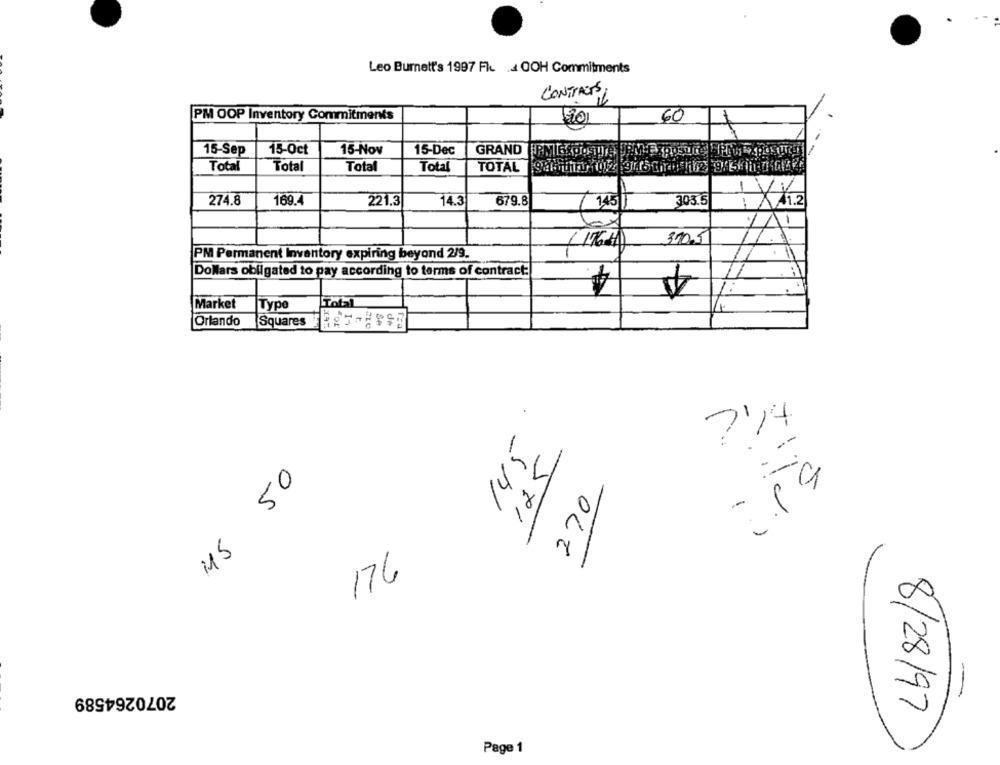
Leo Burnett's 1997 Flu . OOH Commitments
CONTRACTEL
PM OOP Inventory Commitments
201
60
15-Sep
15-Oct
15-Nov
15-Dec
Total
Total
Total
Total
TOTAL
274.8
169.4
221.3
14.3
679.8
303.5
41.2
1
300.5
PM Permanent Inventory expiring beyond 2/9.
Dollars obligated to pay according to terms of contract:
A
Market
Type
Tobal
Orlando
Squares
t
de
7'74
145
--
125
45 50
27
176
2070264589
8/28/97
Page 1